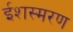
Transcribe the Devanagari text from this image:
ईशस्मरण